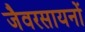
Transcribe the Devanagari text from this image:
जैवरसायनों